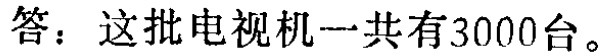
答：这批电视机一共有3000台。